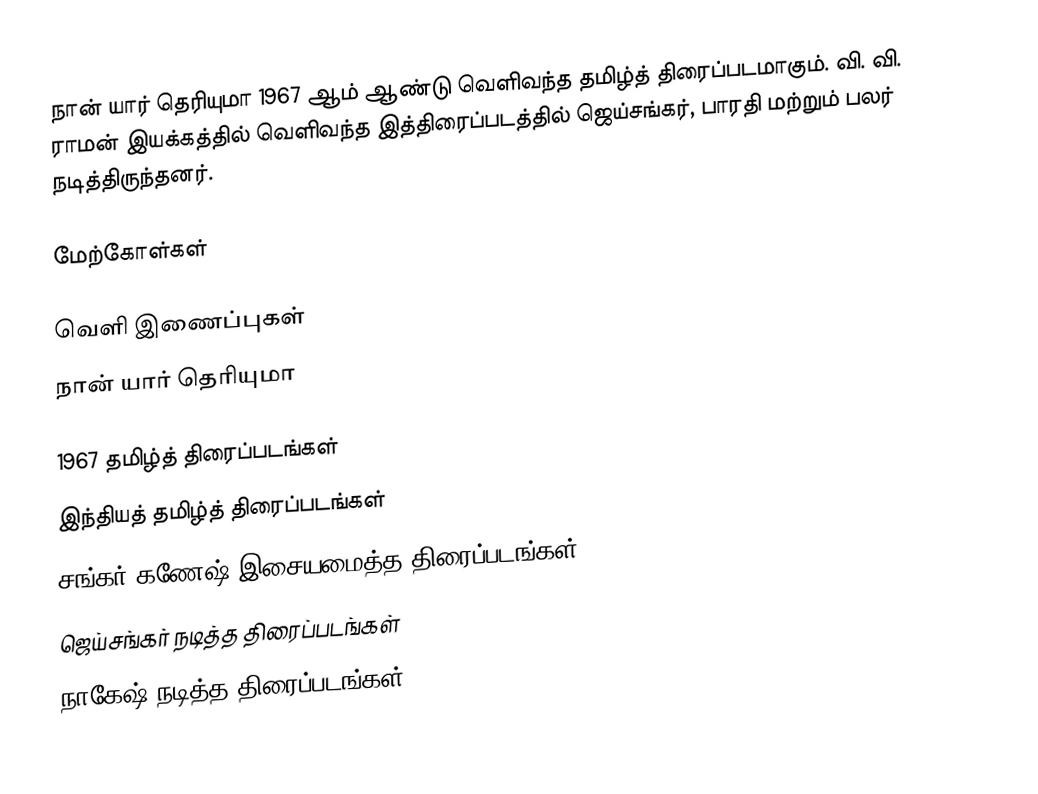
நான் யார் தெரியுமா 1967 ஆம் ஆண்டு வெளிவந்த தமிழ்த் திரைப்படமாகும். வி. வி. ராமன் இயக்கத்தில் வெளிவந்த இத்திரைப்படத்தில் ஜெய்சங்கர், பாரதி மற்றும் பலர் நடித்திருந்தனர்.

மேற்கோள்கள்

வெளி இணைப்புகள்
 நான் யார் தெரியுமா

1967 தமிழ்த் திரைப்படங்கள்
இந்தியத் தமிழ்த் திரைப்படங்கள்
சங்கர் கணேஷ் இசையமைத்த திரைப்படங்கள்
ஜெய்சங்கர் நடித்த திரைப்படங்கள்
நாகேஷ் நடித்த திரைப்படங்கள்